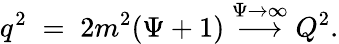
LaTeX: q^{2}\; =\; 2m^{2}(\Psi+1)\stackrel{\Psi\to\infty}{\longrightarrow}Q^{2}.